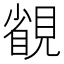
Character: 䚇